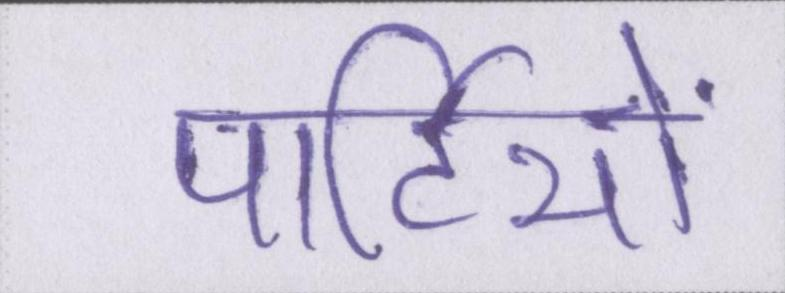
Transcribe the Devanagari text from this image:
पार्टियों